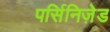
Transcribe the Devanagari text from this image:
पर्सिनिज़ेड